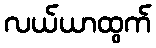
လယ်ယာထွက်